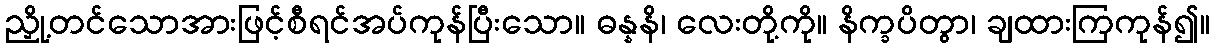
ညှို့တင်သောအားဖြင့်စီရင်အပ်ကုန်ပြီးသော။ ဓန္နနိ၊ လေးတို့ကို။ နိက္ခပိတွာ၊ ချထားကြကုန်၍။